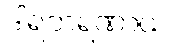
ဒါရဘရဏာယ